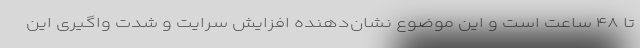
تا ۴۸ ساعت است و این موضوع نشان‌دهنده افزایش سرایت و شدت واگیری این